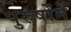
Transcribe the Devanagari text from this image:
पुरुषोंमें